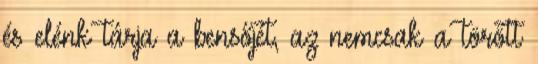
és elénk tárja a bensőjét, az nemcsak a törött